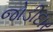
જોડીદાર